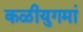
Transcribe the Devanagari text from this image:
कळीयुगमां